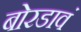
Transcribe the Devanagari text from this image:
बोरडावं